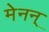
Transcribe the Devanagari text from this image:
मेनन्